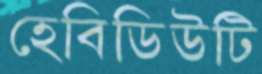
হেবিডিউটি